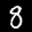
Label: 8